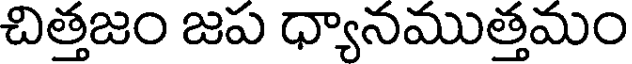
చిత్తజం జప ధ్యానముత్తమం